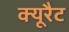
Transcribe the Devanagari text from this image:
क्यूरैट